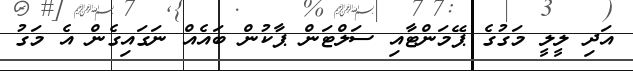
އަދި ލީލީ މަގުގެ ޕޭމަންޓާއި ސަލްޓަން ޕާކުން ބައެއް ނަގައިގެން އެ މަގު